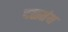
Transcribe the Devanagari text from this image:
दळतंय